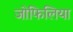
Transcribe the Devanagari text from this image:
जोफिलिया